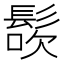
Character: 𩭜